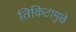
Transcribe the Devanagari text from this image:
तिकिटामुळे